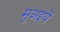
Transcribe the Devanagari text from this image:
मुअइयें